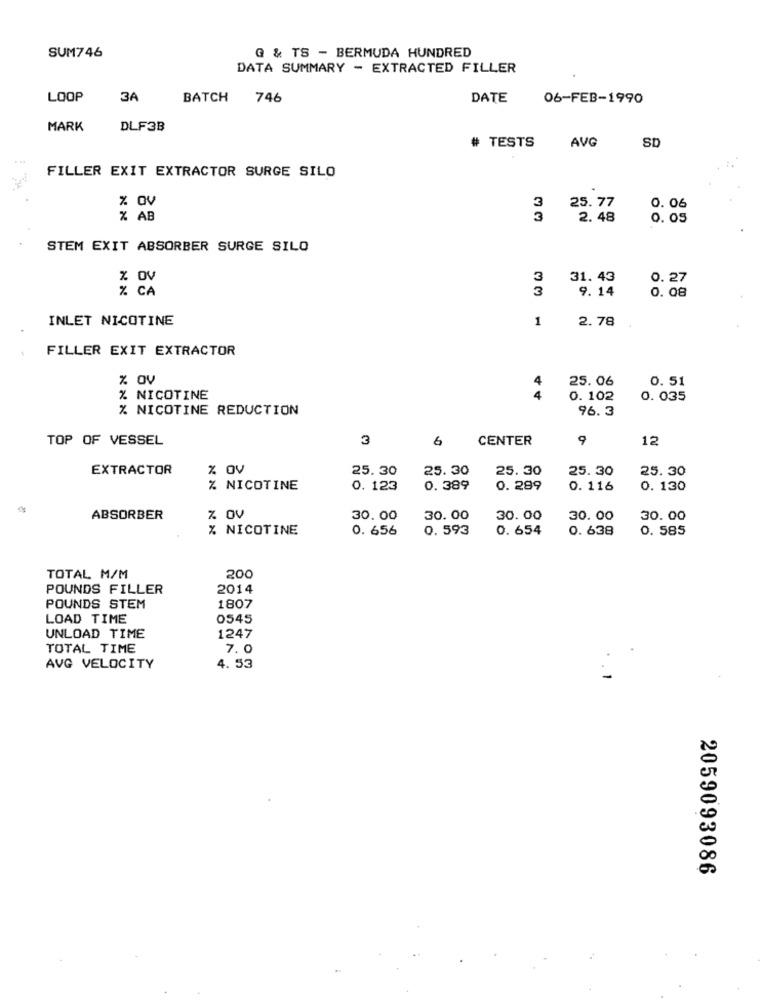
SUM746
G & TS - BERMUDA HUNDRED
DATA SUMMARY - EXTRACTED FILLER
LOOP
3A
BATCH 746
DATE
06-FEB-1990
MARK
DLF3B
AVG
SD
# TESTS
FILLER EXIT EXTRACTOR SURGE SILO
% av
25.77
0. 06
% AB
2.48
0. 05
STEM EXIT ABSORBER SURGE SILO
% OV
3
31. 43
0.27
% CA
3
9.14
0. 08
INLET NICOTINE
1
2.78
FILLER EXIT EXTRACTOR
% av
4
25.06
0. 51
% NICOTINE
4
0. 102
0. 035
% NICOTINE REDUCTION
96.3
TOP OF VESSEL
3
6
CENTER
9
12
EXTRACTOR
% Ov
25.30
25.30
25.30
25.30
25.30
% NICOTINE
0. 123
0.389
0. 289
0. 116
0. 130
ABSORBER
% OV
30.00
30.00
30.00
30.00
30.00
% NICOTINE
0. 656
0.593
0. 654
0. 638
0. 585
TOTAL M/M
200
POUNDS FILLER
2014
POUNDS STEM
1807
LOAD TIME
0545
UNLOAD TIME
1247
TOTAL TIME
7.0
AVG VELOCITY
4. 53
2059093086